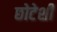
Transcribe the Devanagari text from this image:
छोटेशी